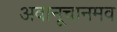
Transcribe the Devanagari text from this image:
अवानूचानमव